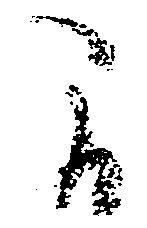
間